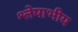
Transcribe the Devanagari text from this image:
श्लेषाभीय